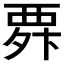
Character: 𮗃